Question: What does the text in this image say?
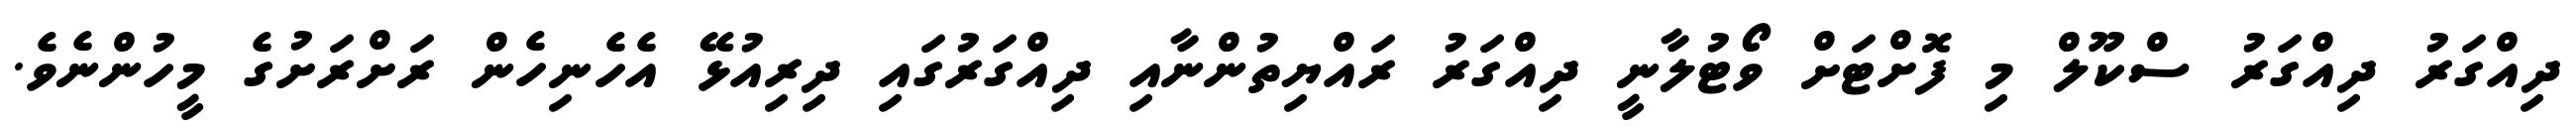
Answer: ދިއްގަރު ދިއްގަރު ސްކޫލް މި ފޮށްޓަށް ވޯޓުލާނީ ދިއްގަރު ރައްޔިތުންނާއި ދިއްގަރުގައި ދިރިއުޅޭ އެހެނިހެން ރަށްރަށުގެ މީހުންނެވެ.